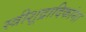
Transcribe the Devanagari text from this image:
स्त्रीशूद्रादिकांना